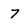
Character: 7